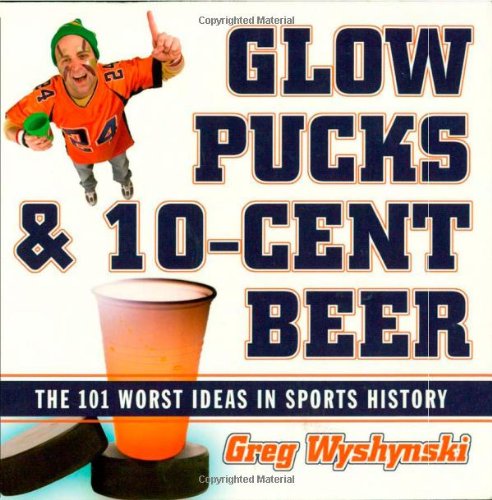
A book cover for Glow Pucks and 10-Cent Beer: The 101 Worst Ideas in Sports History; Greg Wyshynski; Humor & Entertainment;